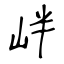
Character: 𡶡